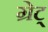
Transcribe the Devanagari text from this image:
ग्रेट्